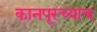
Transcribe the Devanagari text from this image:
कानपूरच्याच